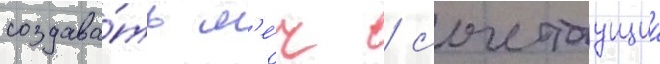
создава́ть м'е́ч / сочетаущии